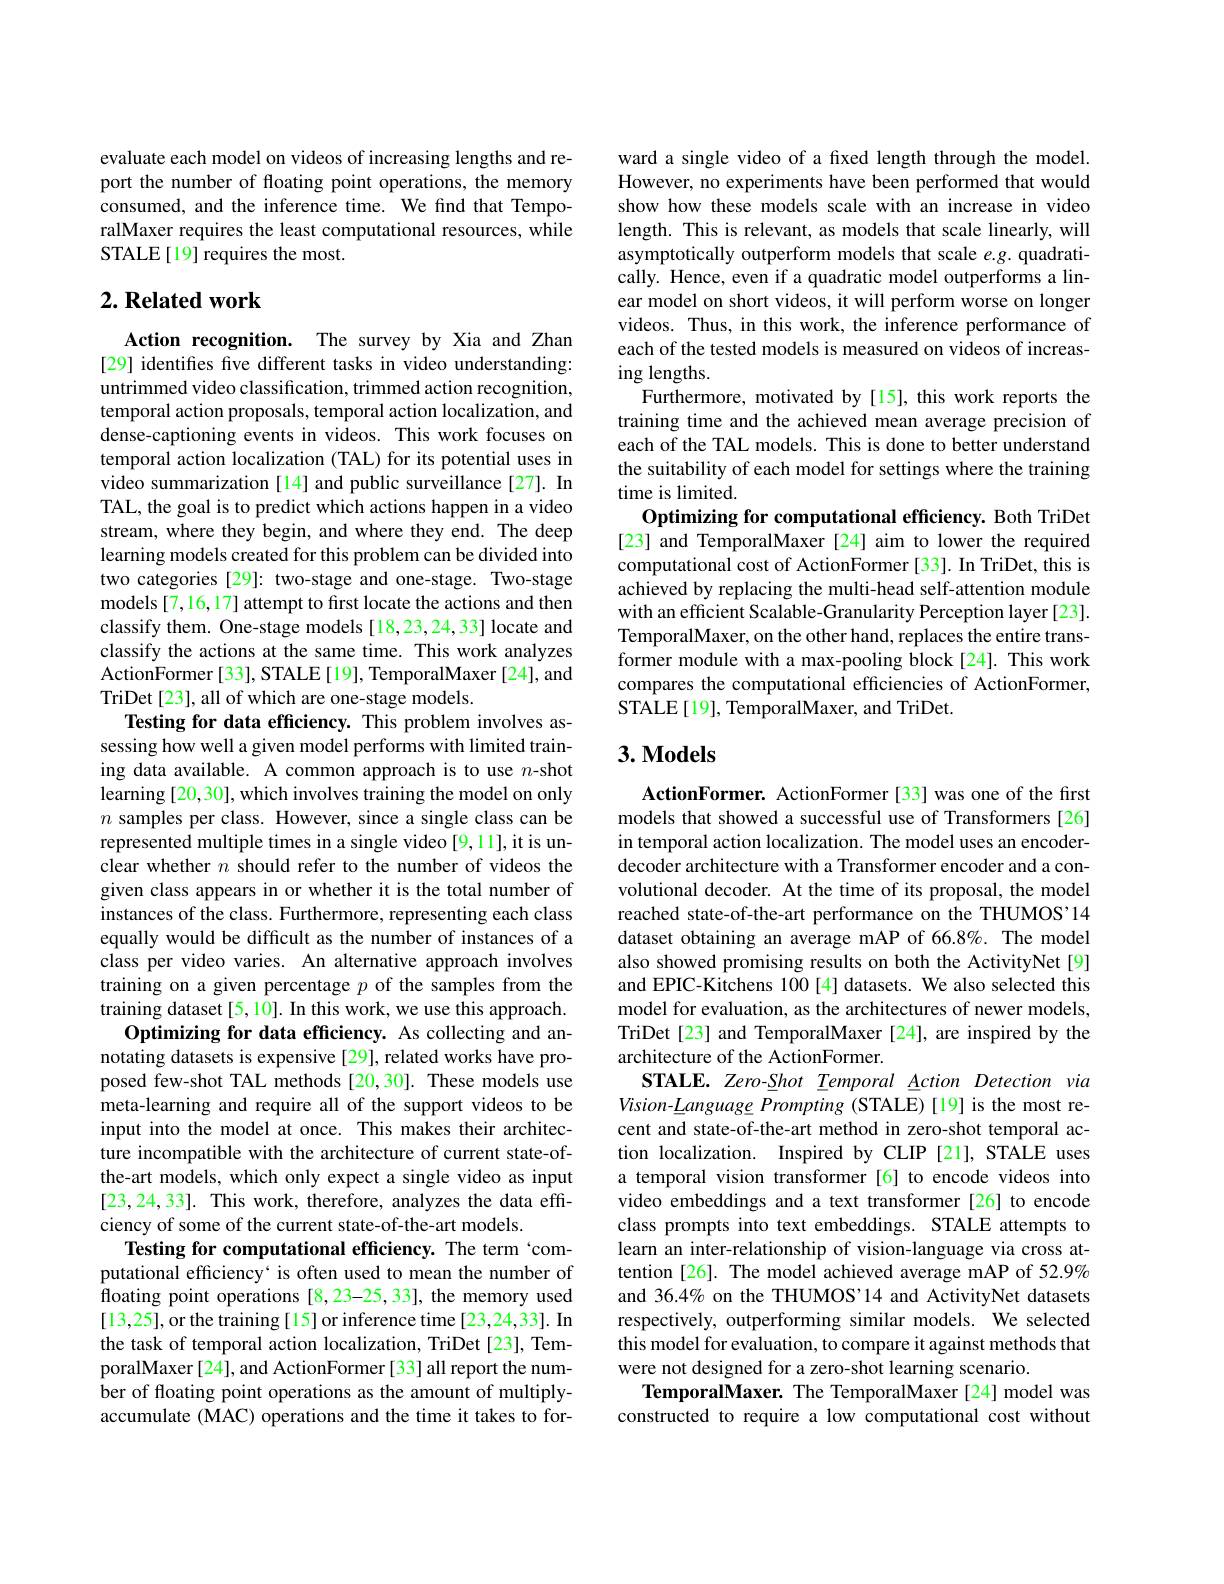
evaluate each model on videos of increasing lengths and report the number of floating point operations, the memory consumed, and the inference time. We find that TemporalMaxer requires the least computational resources, while STALE[19] requires the most.

## $2. \textbf{Related work}$

Action recognition. The survey by Xia and Zhan [29] identifies five different tasks in video understanding: untrimmed video classification, trimmed action recognition, temporal action proposals, temporal action localization, and dense-captioning events in videos. This work focuses on temporal action localization (TAL) for its potential uses in video summarization [14] and public surveillance [27]. In TAL, the goal is to predict which actions happen in a video stream, where they begin, and where they end. The deep learning models created for this problem can be divided into two categories [29]: two-stage and one-stage. Two-stage models [7,16,17] attempt to first locate the actions and then classify them. One-stage models [18,23,24,33] locate and classify the actions at the same time. This work analyzes ActionFormer[33], STALE[19], TemporalMaxer[24], and TriDet[23], all of which are one-stage models.
Testing for data efficiency. This problem involves assessing how well a given model performs with limited training data available. A common approach is to use $n$-shot learning [20,30], which involves training the model on only $n$ samples per class. However, since a single class can be represented multiple times in a single video [9,11], it is unclear whether $n$ should refer to the number of videos the given class appears in or whether it is the total number of instances of the class. Furthermore, representing each class equally would be difficult as the number of instances of a class per video varies. An alternative approach involves training on a given percentage $p$ of the samples from the training dataset [5, 10]. In this work, we use this approach.
Optimizing for data efficiency. As collecting and annotating datasets is expensive[29], related works have proposed few-shot TAL methods [20,30]. These models use meta-learning and require all of the support videos to be input into the model at once. This makes their architecture incompatible with the architecture of current state-ofthe-art models, which only expect a single video as input [23,24,33]. This work, therefore, analyzes the data efficiency of some of the current state-of-the-art models.
Testing for computational efficiency. The term 'computational efficiency` is often used to mean the number of floating point operations [8,23-25,33], the memory used [13,25],or the training [15] or inference time [23,24,33]. In the task of temporal action localization, TriDet [23], TemporalMaxer[24], and ActionFormer[33] all report the number of floating point operations as the amount of multiplyaccumulate (MAC) operations and the time it takes to for-

ward a single video of a fixed length through the model. However, no experiments have been performed that would show how these models scale with an increase in video length. This is relevant, as models that scale linearly, will asymptotically outperform models that scale e.g. quadratically. Hence, even if a quadratic model outperforms a linear model on short videos, it will perform worse on longer videos. Thus, in this work, the inference performance of each of the tested models is measured on videos of increasing lengths.
Furthermore, motivated by[15], this work reports the training time and the achieved mean average precision of each of the TAL models. This is done to better understand the suitability of each model for settings where the training time is limited.
Optimizing for computational efficiency. Both TriDet [23] and TemporalMaxer [24] aim to lower the required computational cost of ActionFormer [33]. In TriDet, this is achieved by replacing the multi-head self-attention module with an efficient Scalable-Granularity Perception layer [23]. TemporalMaxer, on the other hand, replaces the entire transformer module with a max-pooling block[24]. This work compares the computational efficiencies of ActionFormer, STALE[19], TemporalMaxer, and TriDet.

## $3. \textbf{Models}$

ActionFormer. ActionFormer[33] was one of the first models that showed a successful use of Transformers [26] in temporal action localization. The model uses an encoderdecoder architecture with a Transformer encoder and a convolutional decoder. At the time of its proposal, the model reached state-of-the-art performance on the THUMOS'14 dataset obtaining an average mAP of 66.8%. The model also showed promising results on both the ActivityNet[9] and EPIC-Kitchens 100[4] datasets. We also selected this model for evaluation, as the architectures of newer models, TriDet[23] and TemporalMaxer [24], are inspired by the architecture of the ActionFormer.
STALE. Zero-Shot Temporal Action Detection via Vision-Language Prompting (STALE)[19] is the most recent and state-of-the-art method in zero-shot temporal action localization. Inspired by CLIP [21], STALE uses a temporal vision transformer [6] to encode videos into video embeddings and a text transformer [26] to encode class prompts into text embeddings. STALE attempts to learn an inter-relationship of vision-language via cross attention [26]. The model achieved average mAP of 52.9% and 36.4% on the THUMOS'14 and ActivityNet datasets respectively, outperforming similar models. We selected this model for evaluation, to compare it against methods that were not designed for a zero-shot learning scenario.
TemporalMaxer. The TemporalMaxer[24] model was constructed to require a low computational cost without